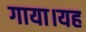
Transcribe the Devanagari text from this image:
गाया।यह